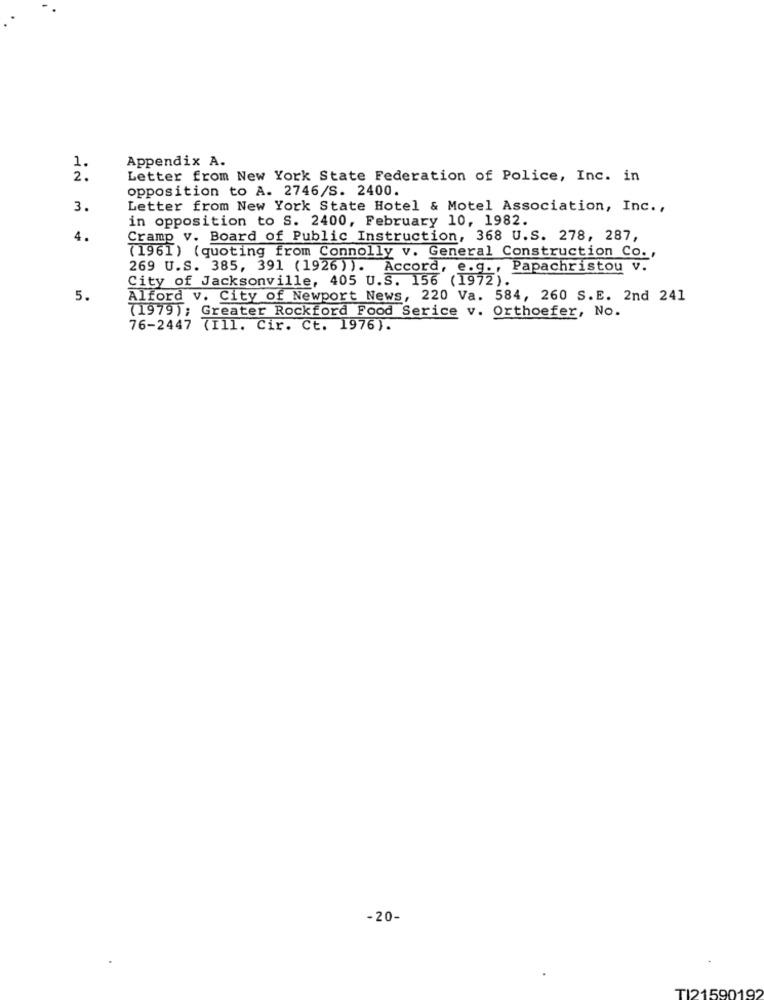
Appendix A.
1.
2.
Letter from New York State Federation of Police, Inc. in
opposition to A. 2746/S. 2400.
3.
Letter from New York State Hotel & Motel Association, Inc .,
in opposition to S. 2400, February 10, 1982.
4.
Cramp v. Board of Public Instruction, 368 U.S. 278, 287,
(1961) (quoting from Connolly v. General Construction Co .,
269 U.S. 385, 391 (1926)). Accord, e.g ., Papachristou v.
City of Jacksonville, 405 U.S. 156 (1972).
5.
Alford v. City of Newport News, 220 Va. 584, 260 S.E. 2nd 241
(1979); Greater Rockford Food Serice v. Orthoefer, No.
76-2447 7Ill. Cir. Ct. 1976).
-20-
TI21590192